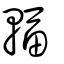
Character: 輻